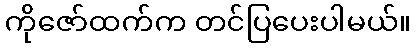
ကိုဇော်ထက်က တင်ပြပေးပါမယ်။